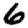
Digit: 6